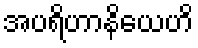
အပရိဟာနိယေဟိ